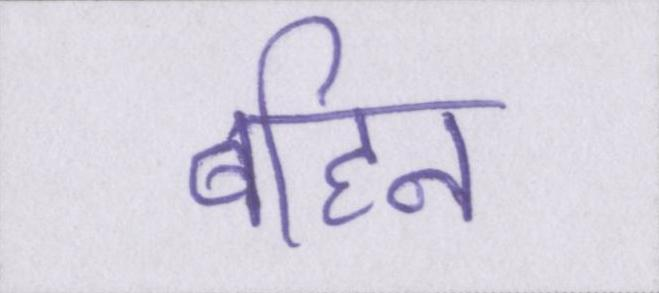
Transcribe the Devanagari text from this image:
बहिन